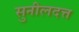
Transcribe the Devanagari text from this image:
सुनीलदत्त